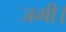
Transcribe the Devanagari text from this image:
जमी।